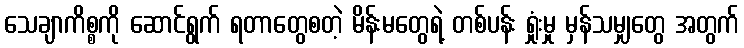
သေချာကိစ္စကို ဆောင်ရွက် ရတာတွေစတဲ့ မိန်းမတွေရဲ့ တစ်ပန်း ရှုံးမှု မှန်သမျှတွေ အတွက်